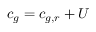
c _ { g } = c _ { g , r } + U